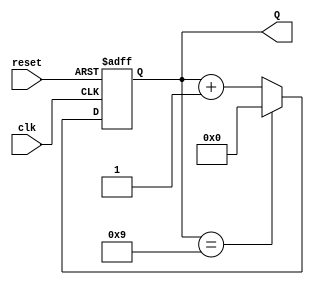
module DecadeCounter (
    input wire clk,        // Clock input
    input wire reset,      // Asynchronous reset
    output reg [3:0] Q     // 4-bit output to represent the count
);

    // Always block triggered by the clock or reset signal
    always @(posedge clk or posedge reset) begin
        if (reset) begin
            Q <= 4'b0000;  // Asynchronous reset to 0
        end else begin
            if (Q == 4'b1001) begin
                Q <= 4'b0000;  // Reset to 0 when reaching 9
            end else begin
                Q <= Q + 1;     // Increment the counter
            end
        end
    end
endmodule